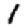
Digit: 1